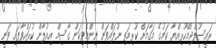
ރައީސުލްޖުމްހޫރިއްޔާ ކަމުގެ މަގާމަށް ކުރިމަތި ނުލައްވަން ނިންމެވިކަން ގާސިމް އިއުލާން ކުރައްވާފައި ވަނީ